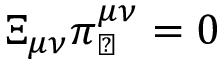
\Xi _ { \mu \nu } \pi _ { \perp } ^ { \mu \nu } = 0